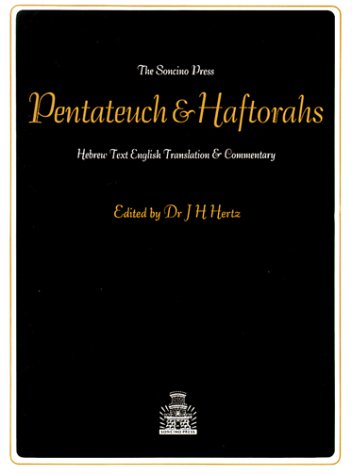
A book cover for The Pentateuch and Haftorahs: Hebrew Text English Translation and Commentary (English and Hebrew Edition); Religion & Spirituality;